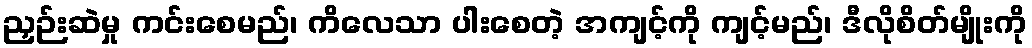
ညှဉ်းဆဲမှု ကင်းစေမည်၊ ကိလေသာ ပါးစေတဲ့ အကျင့်ကို ကျင့်မည်၊ ဒီလိုစိတ်မျိုးကို